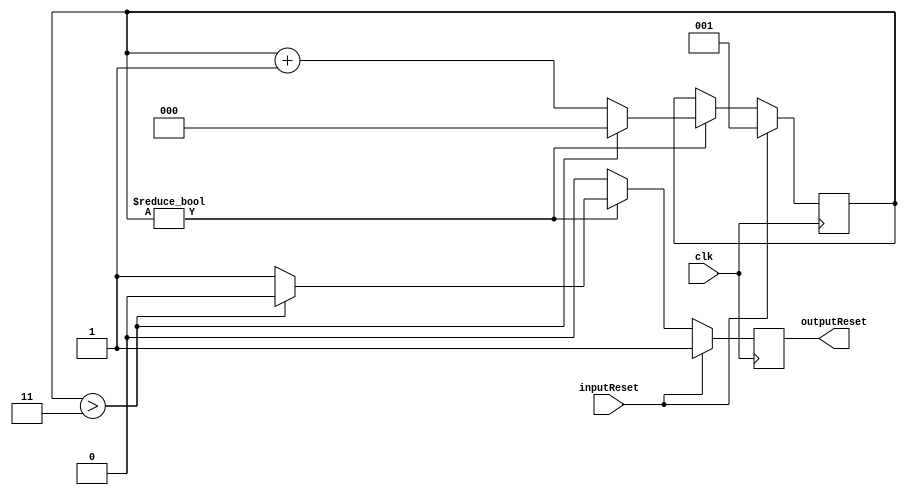
module resetForDCM(clk, inputReset, outputReset);

input clk, inputReset;
output outputReset;

reg outputResetReg;

reg [2:0] counter;

always @(posedge clk) 
begin
	
	if(inputReset)
	begin
		counter = 1;	
		outputResetReg = 1;
	end

	else
	begin

		if(counter != 0)
		begin

			if(counter > 3)
			begin
				outputResetReg = 0;
				counter = 0;
			end

			else 
			begin
				outputResetReg = 1;
				counter = counter + 1;
			end

		end

		else 
		begin
			outputResetReg = 0;	
		end
			
	end
	
end

assign outputReset = outputResetReg;

endmodule